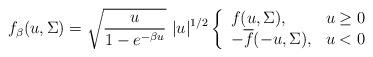
LaTeX: \begin{align*}f_\beta(u,\Sigma) = \sqrt{\frac{u}{1-e^{-\beta u}}}\ |u|^{1/2} \left\{\begin{array}{ll}f(u,\Sigma), & u\geq 0\\-\overline{f}(-u,\Sigma), & u<0\end{array}\right.\end{align*}